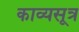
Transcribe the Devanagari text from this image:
काव्यसूत्र